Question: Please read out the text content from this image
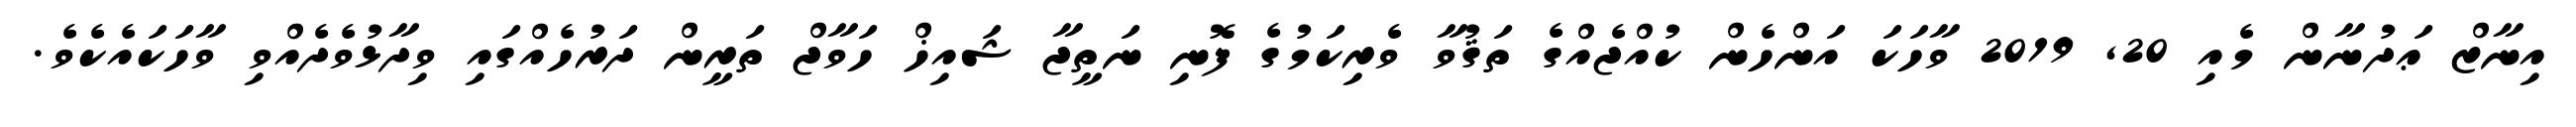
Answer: އިނާޒް ޢަދުނާން މެއި 20, 2019 ވާހަކަ އަންހެން ކުއްޖެއްގެ ތަޤުވާ ވެރިކަމުގެ ފޮނި ނަތީޖާ ޝައިޚް ހަވާޖް ތަރީން ދަރުހެއްގައި ވިދާޅުވެދެއްވި ވާހަކައެކެވެ.